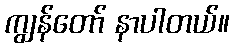
ကျွန်တော် နာပါတယ်။